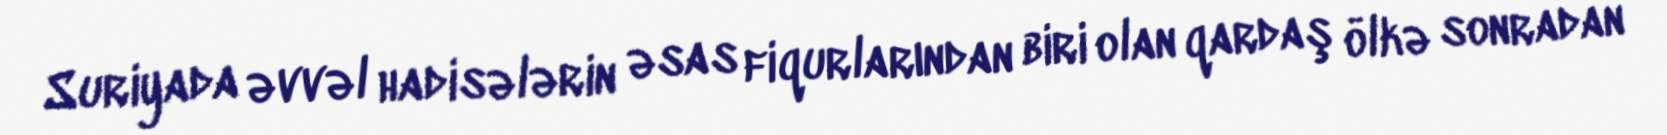
Suriyada əvvəl hadisələrin əsas fiqurlarından biri olan qardaş ölkə sonradan